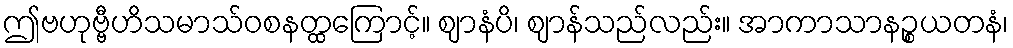
ဤဗဟုဗ္ဗီဟိသမာသ်ဝစနတ္ထကြောင့်။ ဈာနံပိ၊ ဈာန်သည်လည်း။ အာကာသာနဉ္စယတနံ၊